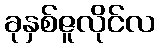
ခုနှစ်ဇူလိုင်လ